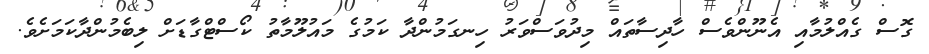
ގޮސް ގެއްލުމާއި އެނޫންވެސް ހާދިސާތައް މިދުވަސްވަރު ހިނގަމުންދާ ކަމުގެ މައުލޫމާތު ކޯސްޓްގާޑަށް ލިބެމުންދާކަމަށެވެ.